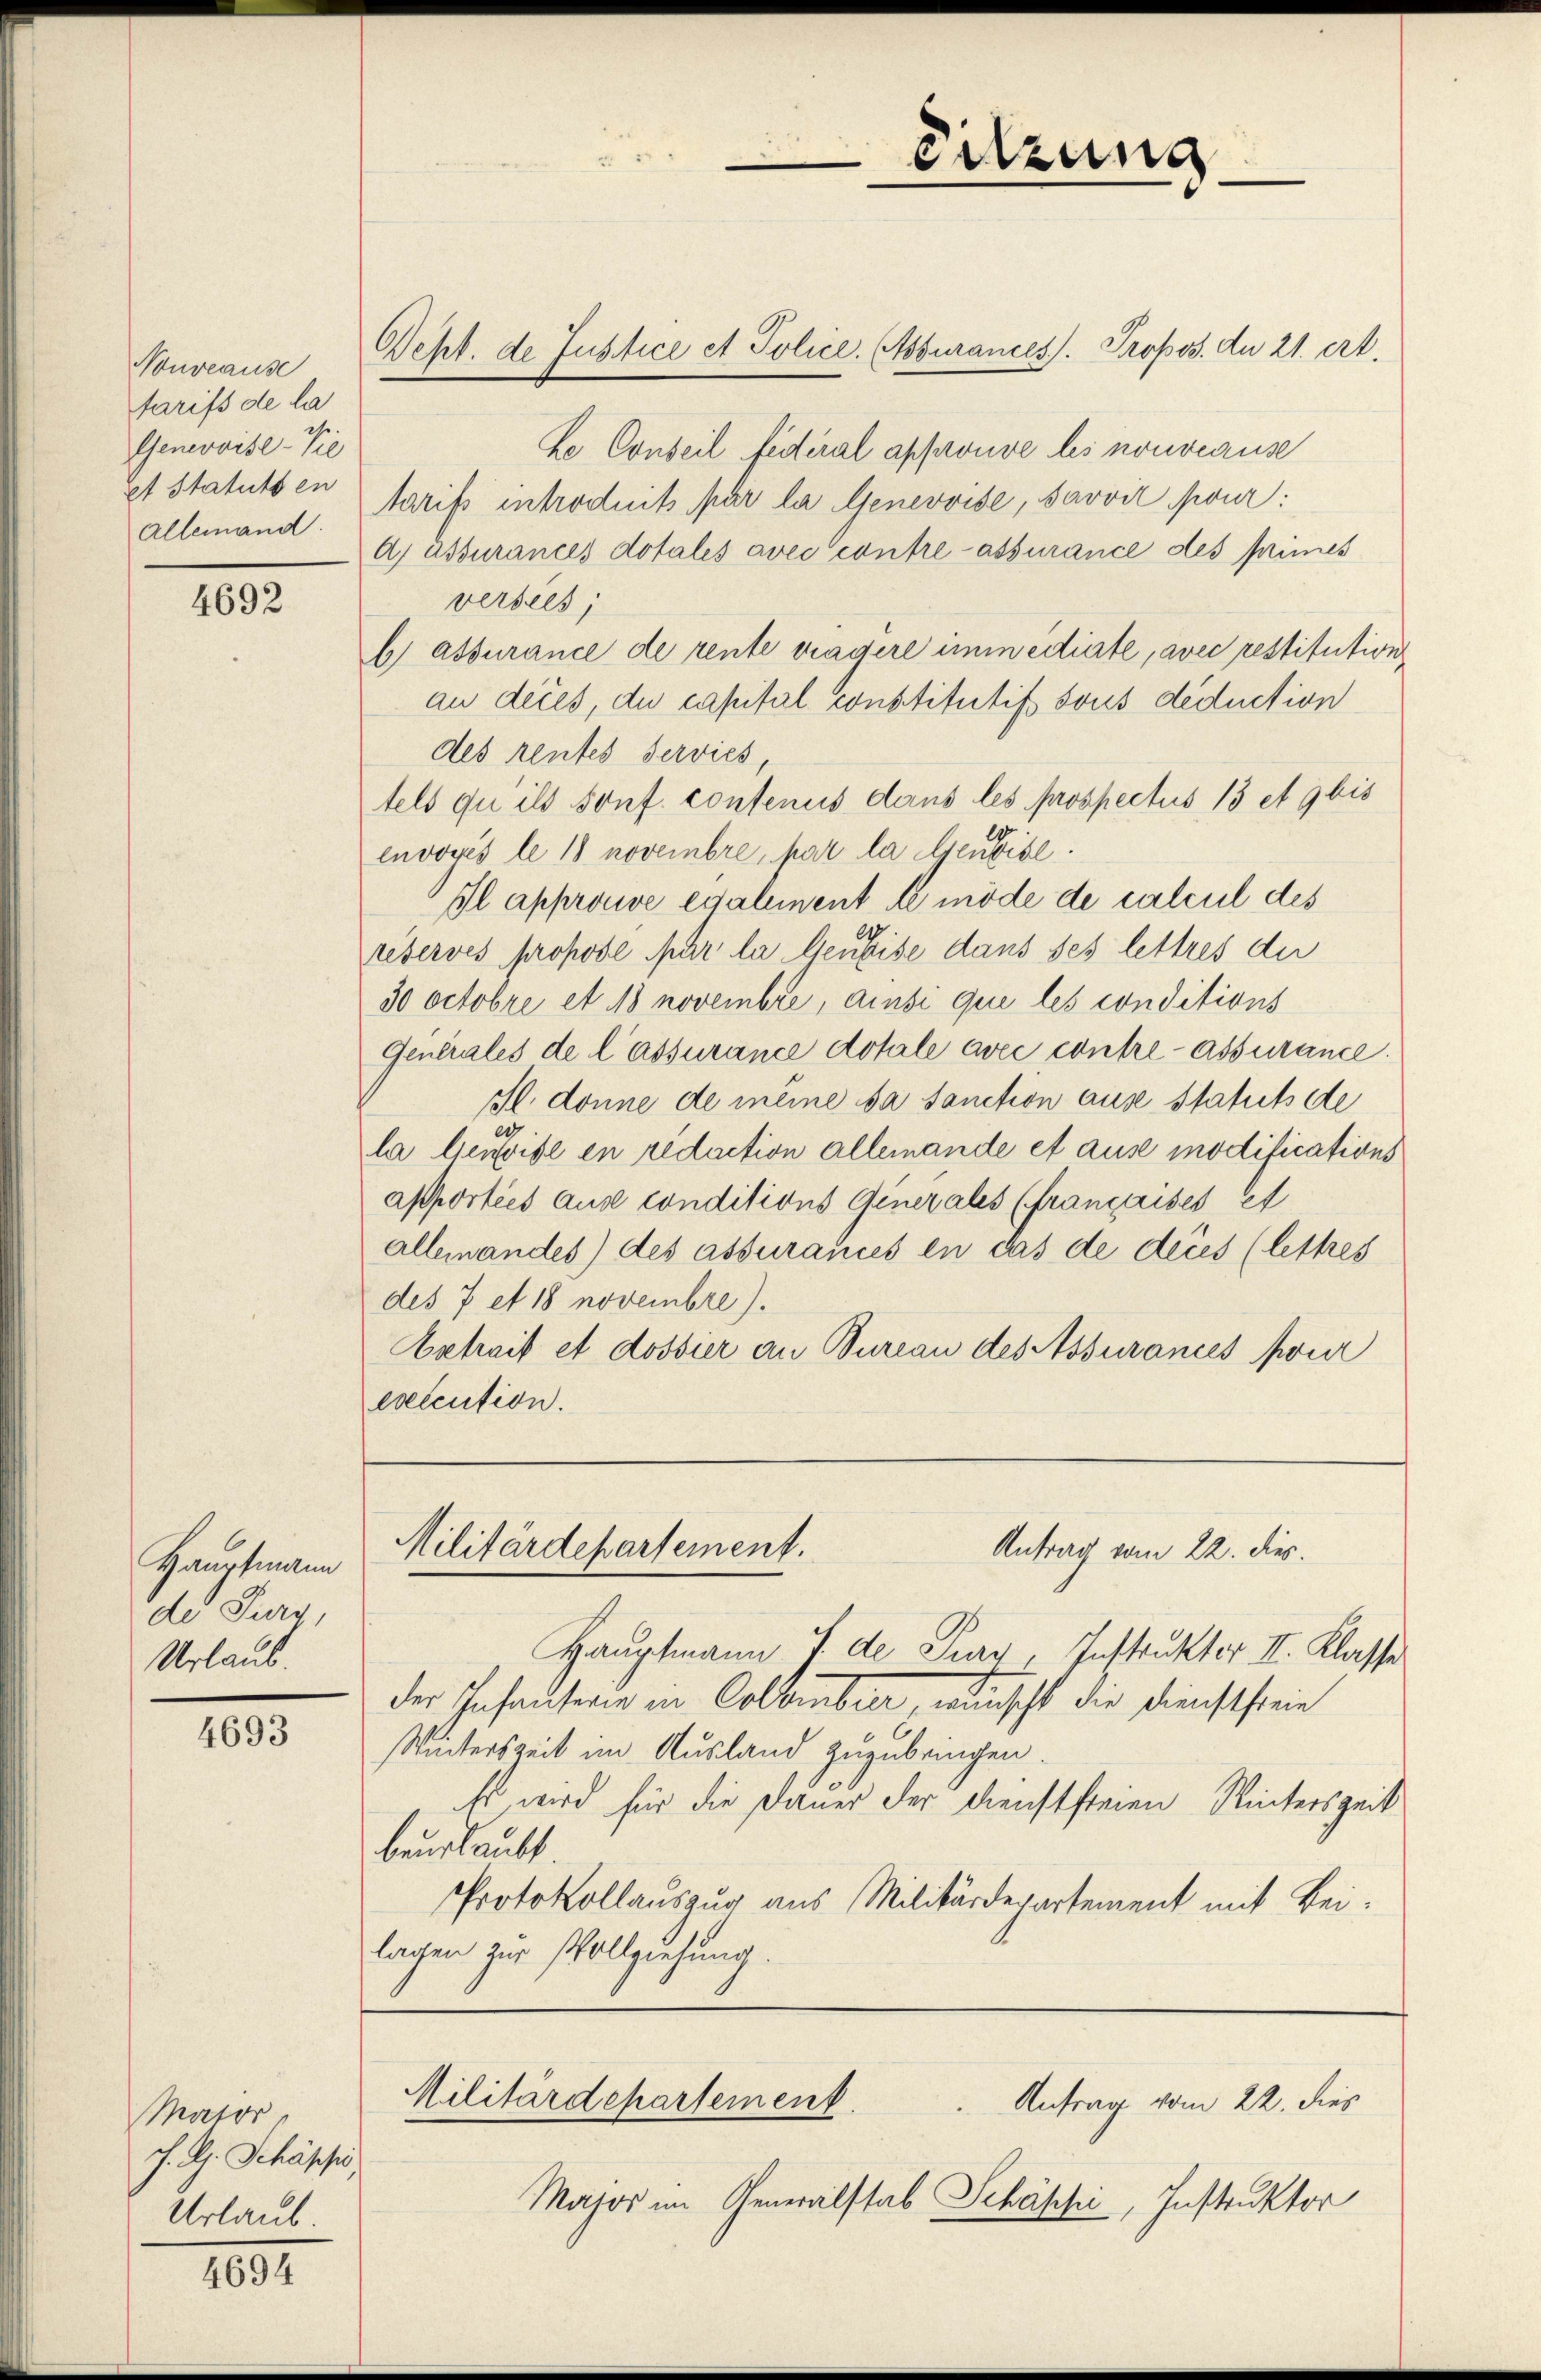
Nouveause
farifs de la
Genevoise-Vie
et Statuts en
Allemand.

4692

Hauptmann
de Jura,
Urlaub

4693

Mator
J. A. Schäppis
Urlaub

4694

Geht de Justice et Police Assurances. Propos. du 21. ert

Ke Conseil fédéral approuve des nouveause
Aarifs introduits par la Genevoise, Savvil pour
Aj assurances dotales avec contre assurance des Mines
versees,
b) assurance de rente tragere immedierte, avec restitution
au deces, du capital constitutif sous deduction
des rentes Servies
tels qu ils sonf. contenus dans les prospectus 13 et 9 bis
envoves le 18 novembre par la Gerbibl.
Il approuve egalement de mode de calcul des
reserves propose par la leuheise dans ses lettres die
30 Octobre et 18 novembre, ainsi qui les conditions
Generales de l’assurance dotale avec contre assurance.
Il donne de meine sa Sanction ause Statuts de
la leusise en redaction allemande et aus modifications
apportées aus conditions Generales (françaises et
allemandes) des assurances in das de deres (lettres
des 7 et 18 novembre).
Betrait et dossier an Bureau des Assurances pour
execution.

Hauptmann J. de Jury, Instruktor II. Klasse
der Infanterie in Colomber, wünscht die Dienststeine
Winterszeit im Ausland zuzubringen.
Es wird für die Dauer der Dienstfreien Winterszeit
beurlaubt.
Protokollauszug aus Militärdepartement mit Bei-
lagen zur Vollziehung.

Militärdepartement.
Antrag vom 22. dies

Sitzung

Militärdepartement.
Antrag vom 22. dies
Major im Generalstab Schäppi, Instruktor